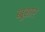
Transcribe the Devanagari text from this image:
ब्बूशार